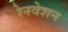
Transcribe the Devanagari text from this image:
रेनवेशन